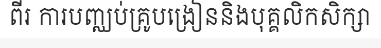
ពីរ ការបញ្ឈប់គ្រូបង្រៀននិងបុគ្គលិកសិក្សា